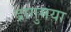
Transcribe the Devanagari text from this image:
द्रागुमया